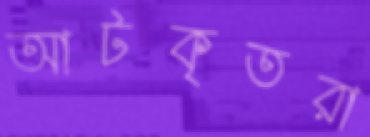
আটকৃতরা